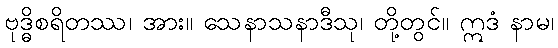
ဗုဒ္ဓိစရိတဿ၊ အား။ သေနာသနာဒီသု၊ တို့တွင်။ ဣဒံ နာမ၊